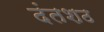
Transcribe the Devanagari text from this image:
दंतशठ